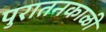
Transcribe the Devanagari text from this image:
पुरातनकाळी